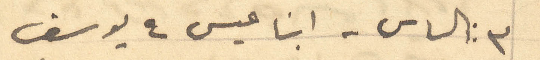
3: الياس - ابنا عيسى 4 يوسف